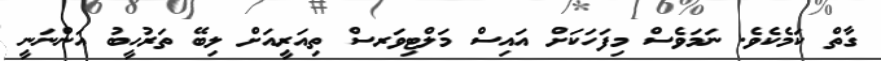
ގާތް ކަމެކެވެ. ނަމަވެސް މިފަހަކަށް އައިސް މަލްޓިވަރސް ތިއަރީއަށް ލިބޭ ތަރުހީބު އަންނަނީ